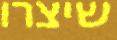
שיצרו